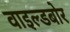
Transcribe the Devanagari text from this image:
वाइल्डबोर